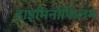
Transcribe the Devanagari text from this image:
हाइमिनोफिलम